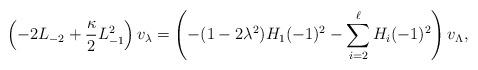
LaTeX: \begin{align*}\left(-2L_{-2}+\frac{\kappa}{2}L_{-1}^{2}\right)v_{\lambda}=\left(-(1-2\lambda^{2})H_{1}(-1)^{2}-\sum_{i=2}^{\ell}H_{i}(-1)^{2}\right)v_{\Lambda},\end{align*}